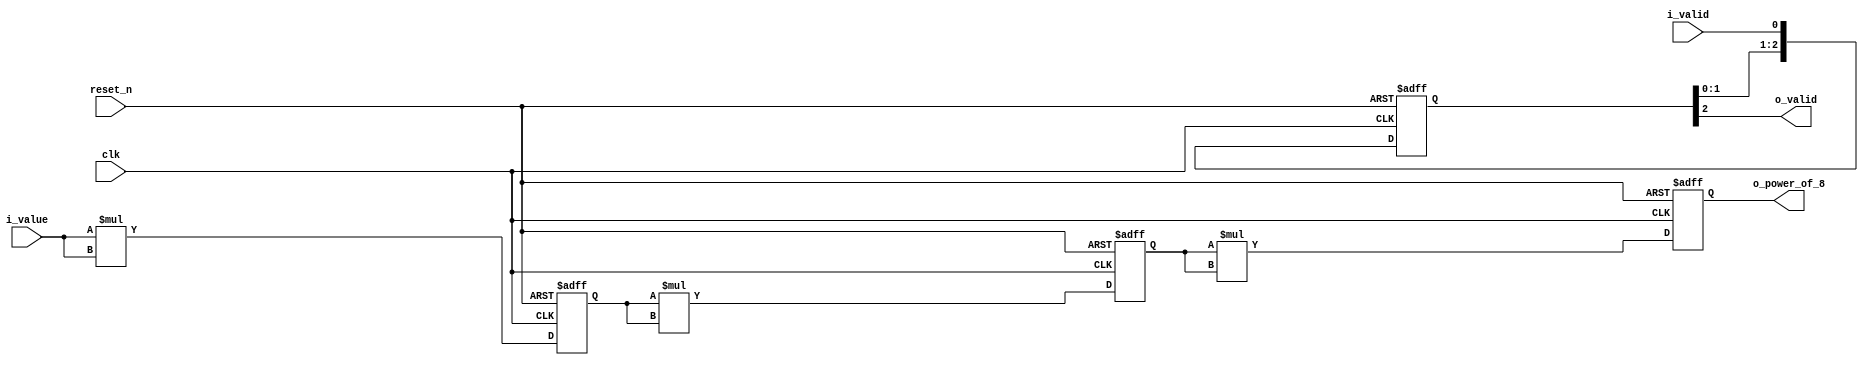
//////////////////////////////////////////////////////////////////////////////////
// Company: Personal
//
// Design Name: 
// Module Name: power_of_8
// Project Name:
// Target Devices:
// Tool Versions:
// Description: output power of 8 to understand pipeline.
//				no consider about overflow.
// Dependencies:
//
// Revision:
// Revision 0.01 - File Created
// Additional Comments:
//
//////////////////////////////////////////////////////////////////////////////////
 
`timescale 1ns / 1ps
module power_of_8(
    input 			clk,
    input 			reset_n,
	input 			i_valid,
    input	[31:0] 	i_value,
	output 			o_valid,
    output 	[63:0] 	o_power_of_8
    );
/////// Type ////////
	reg 	[2:0] 	r_valid;  
	reg 	[63:0] 	r_power_of_2;  
	reg 	[63:0] 	r_power_of_4;  
	reg 	[63:0] 	r_power_of_8;  
	wire 	[63:0] 	power_of_2;  
	wire 	[63:0] 	power_of_4;  
	wire 	[63:0] 	power_of_8;  

	// flow of valid
	always @(posedge clk or negedge reset_n) begin
	    if(!reset_n) begin
			r_valid <= 3'd0;
	    end else begin
			r_valid <= {r_valid[1:0], i_valid};
	    end
	end

	// data buffer (f/f) 
	always @(posedge clk or negedge reset_n) begin
	    if(!reset_n) begin
			r_power_of_2 <= 64'd0;
			r_power_of_4 <= 64'd0;
			r_power_of_8 <= 64'd0;
	    end else begin
			r_power_of_2 <= power_of_2;
			r_power_of_4 <= power_of_4;
			r_power_of_8 <= power_of_8;
	    end
	end

	// Power Operation
	assign power_of_2 = i_value * i_value;
	assign power_of_4 = r_power_of_2 * r_power_of_2;
	assign power_of_8 = r_power_of_4 * r_power_of_4;
	
	assign o_valid = r_valid[2];
	assign o_power_of_8 = r_power_of_8;

endmodule